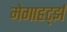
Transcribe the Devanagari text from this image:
मेगाहर्ट्झ